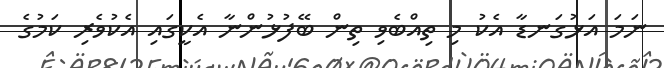
ނަމަ އަޅުގަނޑާ އެކު މި ތިއްބެވި ތިން ބޭފުޅުންނާ އެކީގައި އެކުވެރި ކަމުގެ